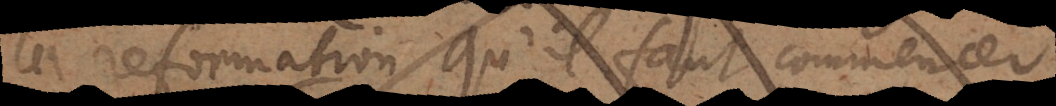
la reformation qu’il faut commencer